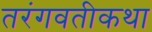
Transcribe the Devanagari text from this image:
तरंगवतीकथा